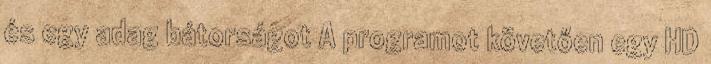
és egy adag bátorságot A programot követően egy HD